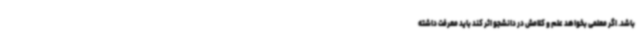
باشد. اگر معلمی بخواهد علم و کلامش در دانشجو اثر کند باید معرفت داشته